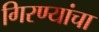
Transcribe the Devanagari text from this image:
गिरण्यांचा